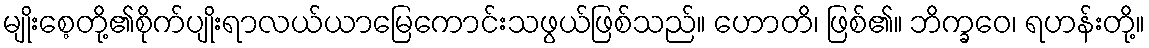
မျိုးစေ့တို့၏စိုက်ပျိုးရာလယ်ယာမြေကောင်းသဖွယ်ဖြစ်သည်။ ဟောတိ၊ ဖြစ်၏။ ဘိက္ခဝေ၊ ရဟန်းတို့။